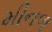
મીનળ